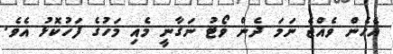
އެހެން ވެއްޖެ ނަމަ ދެން ވޯޓު ނަގާނީ މެއި މަހުގެ ފަހުކޮޅު އެވެ.